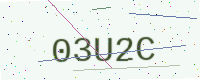
Text: 03U2C